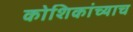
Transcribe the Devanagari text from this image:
कोशिकांच्याच